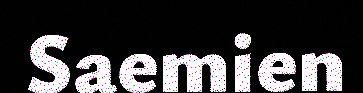
Saemien